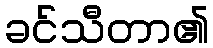
ခင်သီတာ၏